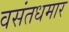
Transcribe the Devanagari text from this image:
वसंतधमार